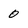
Character: 0